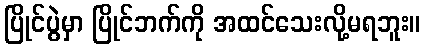
ပြိုင်ပွဲမှာ ပြိုင်ဘက်ကို အထင်သေးလို့မရဘူး။